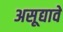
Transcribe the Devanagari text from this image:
असूद्यावे